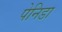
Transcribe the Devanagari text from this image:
पेनिडा